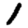
Digit: 1